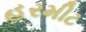
હરમીટ